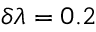
\delta \lambda = 0 . 2